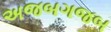
અજબગજબ